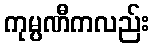
ကုမ္ပဏီကလည်း